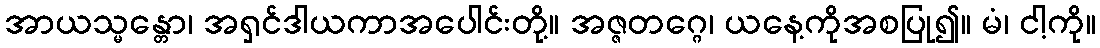
အာယသ္မန္တော၊ အရှင်ဒါယကာအပေါင်းတို့။ အဇ္ဇတဂ္ဂေ၊ ယနေ့ကိုအစပြု၍။ မံ၊ ငါ့ကို။